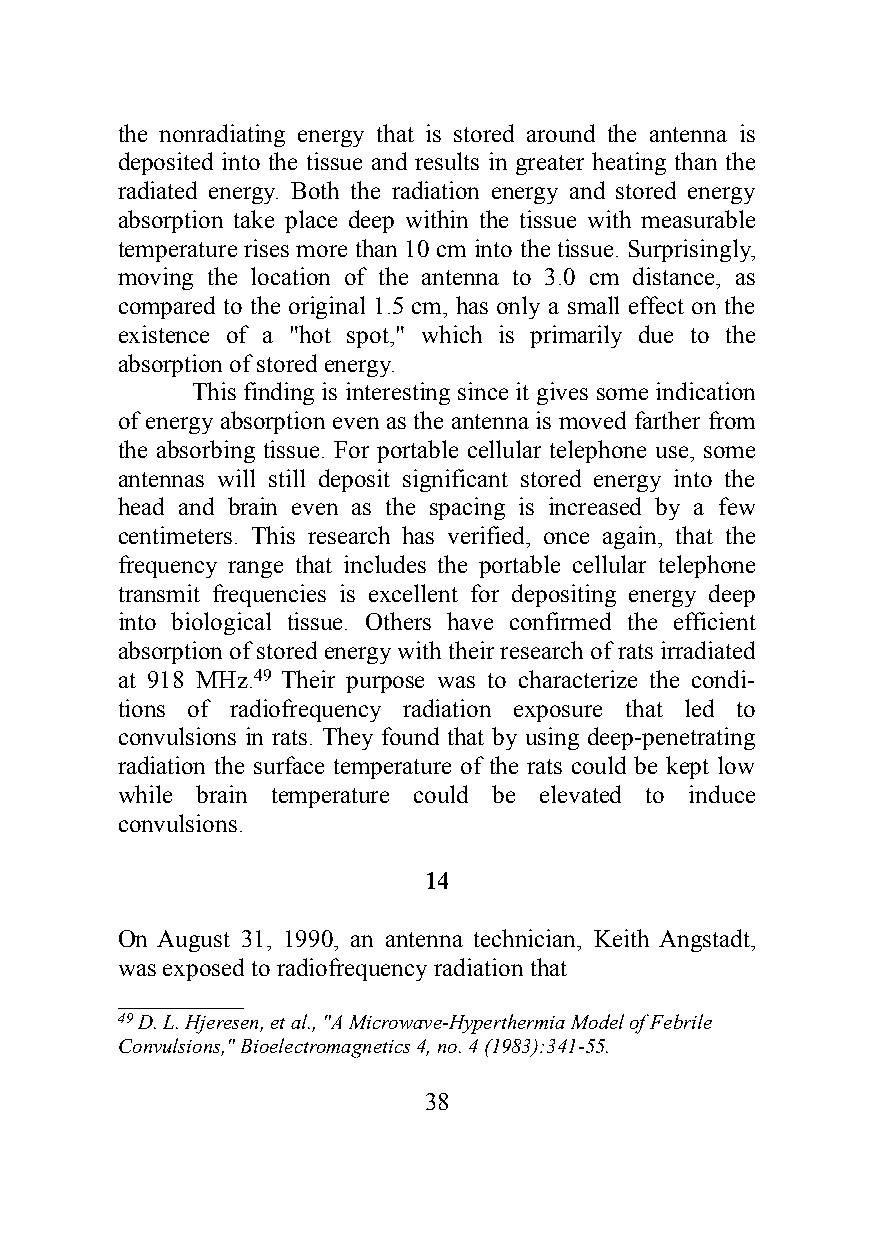
the nonradiating energy that is stored around the antenna is
 deposited into the tissue and results in greater heating than the
 radiated energy. Both the radiation energy and stored energy
 absorption take place deep within the tissue with measurable
 temperature rises more than 10 cm into the tissue. Surprisingly,
 moving the location of the antenna to 3.0 cm distance, as
 compared to the original 1.5 cm, has only a small effect on the
 existence of a "hot spot," which is primarily due to the
 absorption of stored energy.
 This finding is interesting since it gives some indication
 of energy absorption even as the antenna is moved farther from
 the absorbing tissue. For portable cellular telephone use, some
 antennas will still deposit significant stored energy into the
 head and brain even as the spacing is increased by a few
 centimeters. This research has verified, once again, that the
 frequency range that includes the portable cellular telephone
 transmit frequencies is excellent for depositing energy deep
 into biological tissue. Others have confirmed the efficient
 absorption of stored energy with their research of rats irradiated
 at 918 MHz.49 Their purpose was to characterize the condi-
 tions of radiofrequency radiation exposure that led to
 convulsions in rats. They found that by using deep-penetrating
 radiation the surface temperature of the rats could be kept low
 while brain temperature could be elevated to induce
 convulsions.
 14
 On August 31, 1990, an antenna technician, Keith Angstadt,
 was exposed to radiofrequency radiation that
 __________
 49 D. L. Hjeresen, et al., "A Microwave-Hyperthermia Model of Febrile
 Convulsions," Bioelectromagnetics 4, no. 4 (1983):341-55.
 38